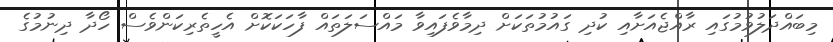
މިބައްދަލުވުމުގައި ރާއްޖެއަށާއި ކުދި ގައުމުތަކަށް ދިމާވެފައިވާ މައްސަލަތައް ފާހަކަކޮށް އެހީތެރިކަންވެސް ހޯދާ ދިނުމުގެ